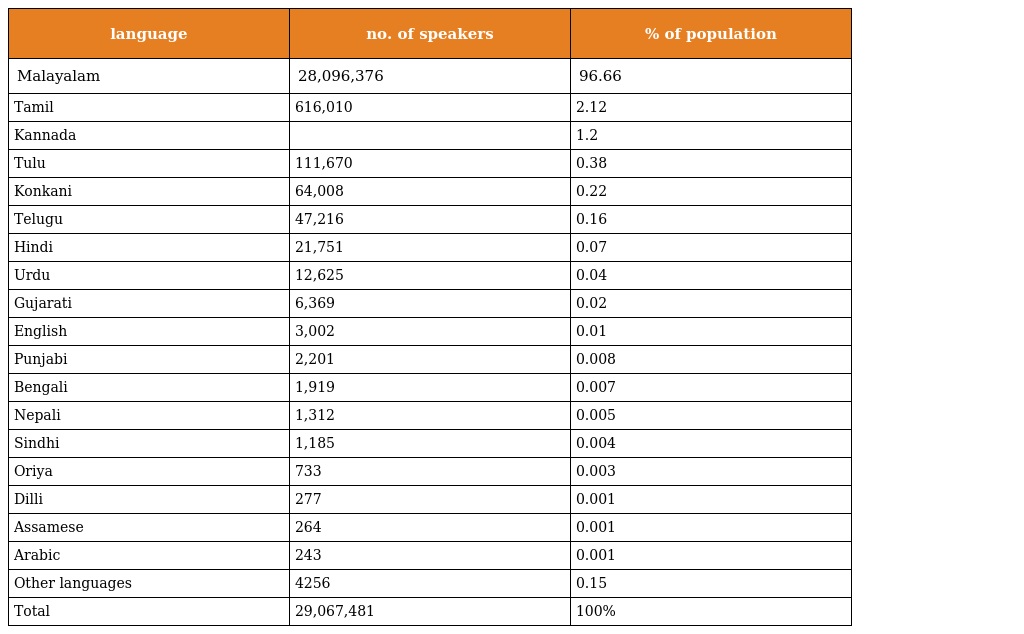
| language | no. of speakers | % of population |
 | --- | --- | --- |
 | Malayalam | 28,096,376 | 96.66 |
 | Tamil | 616,010 | 2.12 |
 | Kannada |  | 1.2 |
 | Tulu | 111,670 | 0.38 |
 | Konkani | 64,008 | 0.22 |
 | Telugu | 47,216 | 0.16 |
 | Hindi | 21,751 | 0.07 |
 | Urdu | 12,625 | 0.04 |
 | Gujarati | 6,369 | 0.02 |
 | English | 3,002 | 0.01 |
 | Punjabi | 2,201 | 0.008 |
 | Bengali | 1,919 | 0.007 |
 | Nepali | 1,312 | 0.005 |
 | Sindhi | 1,185 | 0.004 |
 | Oriya | 733 | 0.003 |
 | Dilli | 277 | 0.001 |
 | Assamese | 264 | 0.001 |
 | Arabic | 243 | 0.001 |
 | Other languages | 4256 | 0.15 |
 | Total | 29,067,481 | 100% |